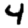
Digit: 4